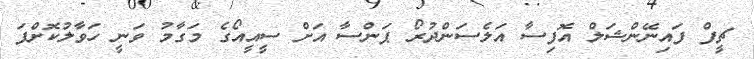
ޗީފް ފައިނޭންޝަލް އޮފިސާ އަލެސަންދުރޯ ޕަންސާ އަށް ސީއީއޯގެ މަގާމު ވަނީ ހަވާލުކޮށްފަ